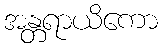
အန္တရာယိကော